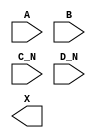
module sky130_fd_sc_ls__or4bb (
    //# {{data|Data Signals}}
    input  A  ,
    input  B  ,
    input  C_N,
    input  D_N,
    output X
);

    // Voltage supply signals
    supply1 VPWR;
    supply0 VGND;
    supply1 VPB ;
    supply0 VNB ;

endmodule